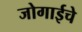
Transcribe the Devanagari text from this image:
जोगाईचे